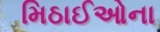
મિઠાઈઓના